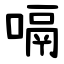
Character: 嗝